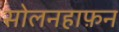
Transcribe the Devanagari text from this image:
सोलनहाफ़न